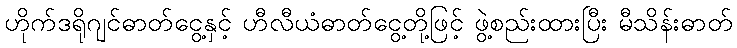
ဟိုက်ဒရိုဂျင်ဓာတ်ငွေ့နှင့် ဟီလီယံဓာတ်ငွေ့တို့ဖြင့် ဖွဲ့စည်းထားပြီး မီသိန်းဓာတ်